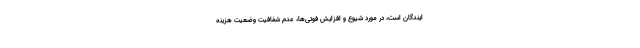
ایندگان است، در مورد شیوع و افزایش فوتی‌ها، عدم شفافیت وضعیت هزینه